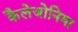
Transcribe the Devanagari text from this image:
कैलेजोनिया